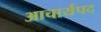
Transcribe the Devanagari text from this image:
आचार्यपद